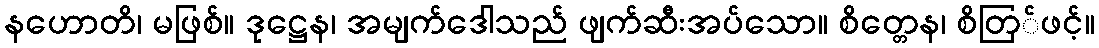
နဟောတိ၊ မဖြစ်။ ဒုဋ္ဌေန၊ အမျက်ဒေါသည် ဖျက်ဆီးအပ်သော။ စိတ္တေန၊ စိတြ်ဖင့်။